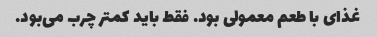
غذای با طعم معمولی بود. فقط باید کمتر چرب می‌بود.